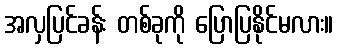
အလှပြင်ခန်း တစ်ခုကို ပြောပြနိုင်မလား။